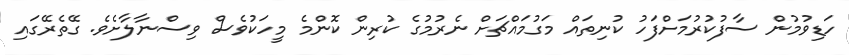
ހަޑިވުމުން ސާފުކުރުމަށްފަހު ކުނިތައް މަގުމައްޗަށް ނެރުމުގެ ކުރިން ކޮންމެ މީހަކުވެސް ވިސްނާލާށެވެ. ގޭތެރޭގައި